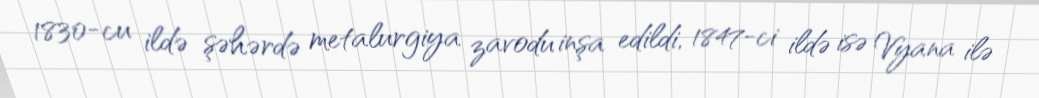
1830-cu ildə şəhərdə metalurgiya zavodu inşa edildi, 1847-ci ildə isə Vyana ilə